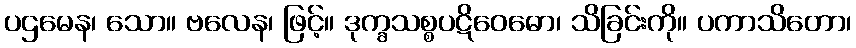
ပဌမေန၊ သော။ ဗလေန၊ ဖြင့်။ ဒုက္ခသစ္စပဋိဝေဓော၊ သိခြင်းကို။ ပကာသိတော၊